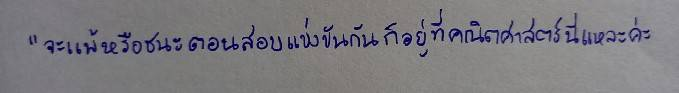
"จะแพ้หรือชนะตอนสอบแข่งขันกันก็อยู่ที่คณิตศาสตร์นี่แหละค่ะ